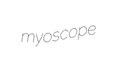
myoscope